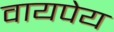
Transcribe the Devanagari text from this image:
वायपेय